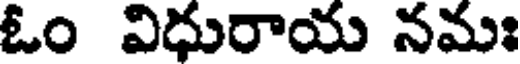
ఓం విధురాయ నమః